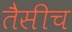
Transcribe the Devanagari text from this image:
तैसीच